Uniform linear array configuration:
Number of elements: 48
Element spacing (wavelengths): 0.5
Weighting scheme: blackman
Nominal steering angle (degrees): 0
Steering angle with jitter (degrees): -0.6027
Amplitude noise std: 0.05
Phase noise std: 0.05

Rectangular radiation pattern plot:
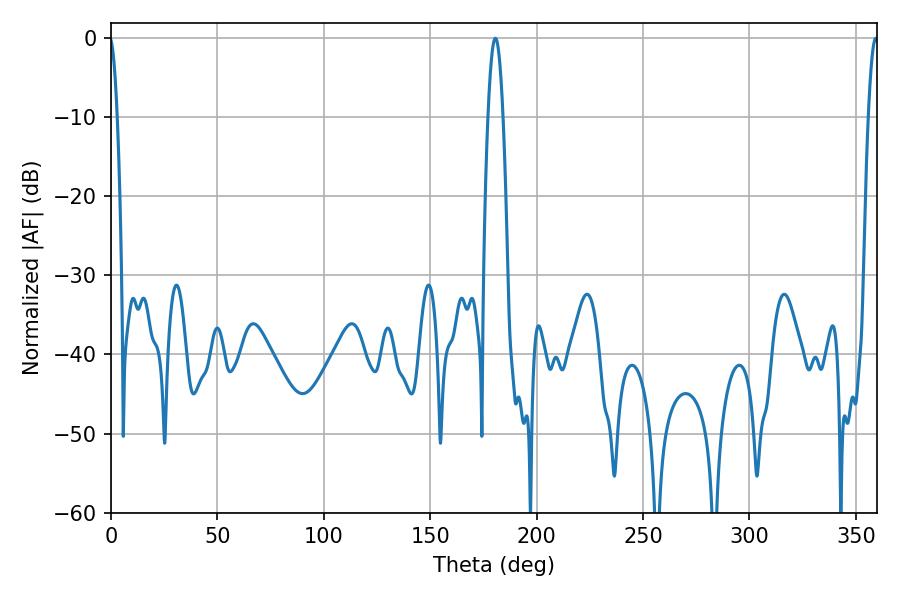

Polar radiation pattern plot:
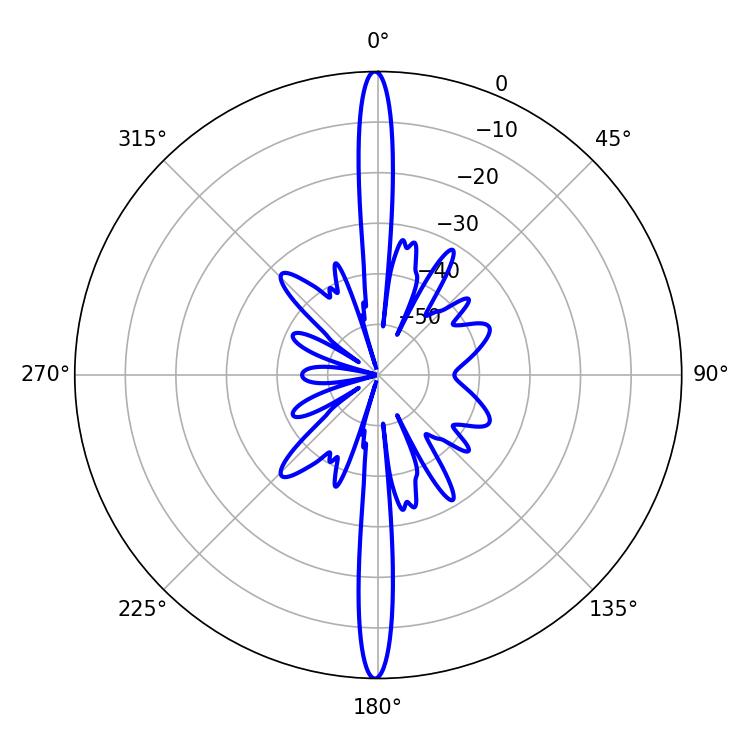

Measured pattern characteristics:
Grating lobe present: FALSE
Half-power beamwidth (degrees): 3.78
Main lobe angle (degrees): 180.54